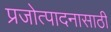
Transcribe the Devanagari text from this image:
प्रजोत्पादनासाठी